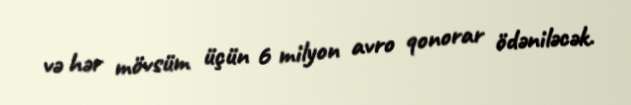
və hər mövsüm üçün 6 milyon avro qonorar ödəniləcək.